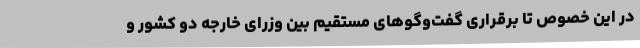
در این خصوص تا برقراری گفت‌وگوهای مستقیم بین وزرای خارجه دو کشور و